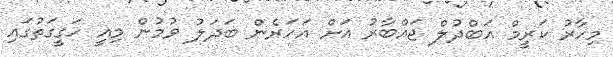
މިހާރު ކަރީމް އަބްދުލް ޖައްބާރު އަށް އަހަރެން ބަދަލު ވުމުން މިއީ ހަގީގަތުގައި